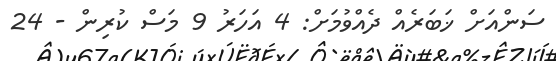
ސަންއަށް ޚަބަރެއް ދެއްވުމަށް: 4 އަހަރު 9 މަސް ކުރިން - 24